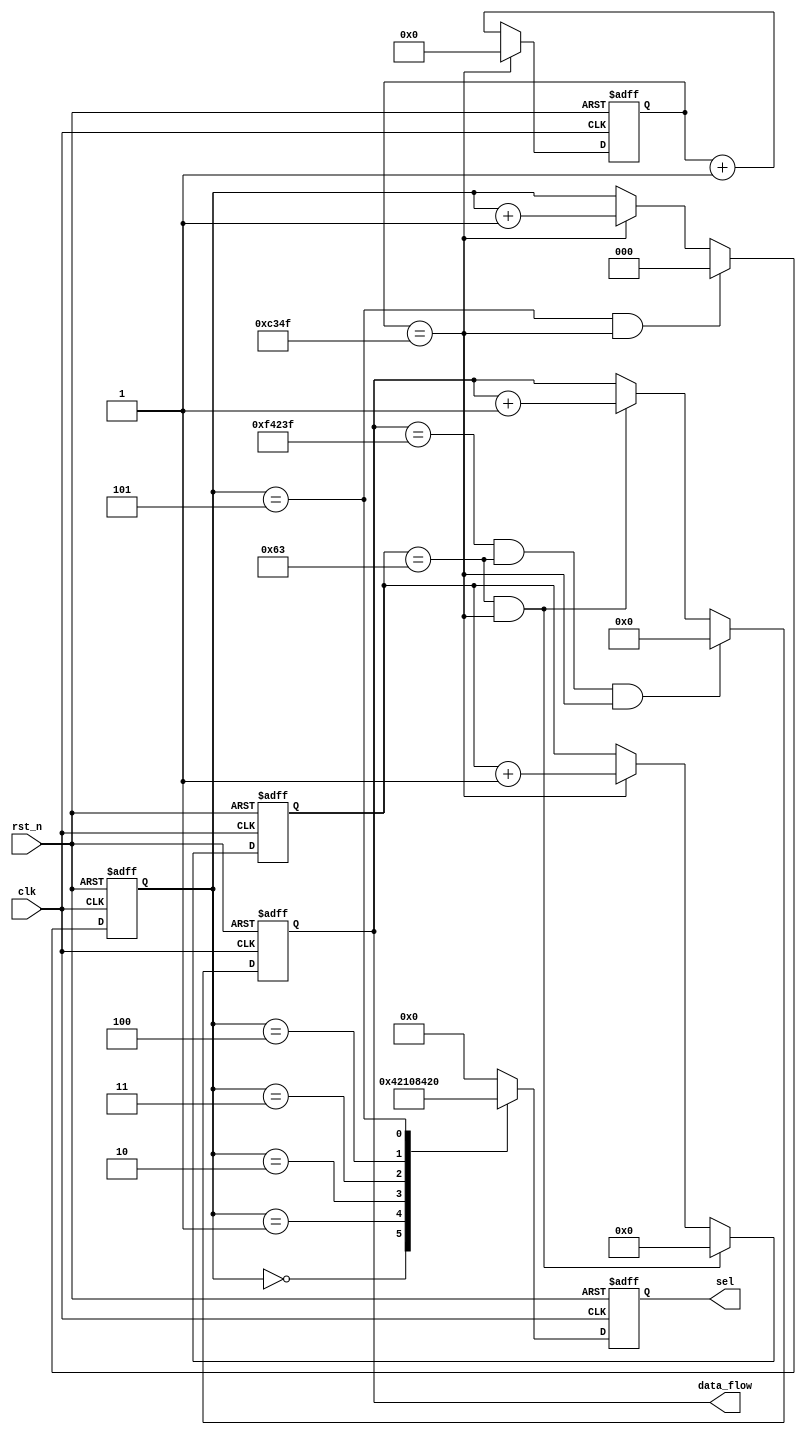
module Data_Flow_Pre
#(
	parameter cnt_1ms_max = 32'd49_999,
	parameter data_flow_max = 32'd999_999
)
(
	input clk,
	input rst_n,
	output reg [23:0] data_flow,
	output reg [5:0] sel
);

	reg [31:0] cnt_1ms;	//1ms
	reg [2:0] cnt_6;	//6ms
	reg [7:0] cnt_100;	//100mscnt_1ms


	/*1ms*/
	always @(posedge clk or negedge rst_n) begin
		if(~rst_n) begin
			cnt_1ms <= 32'd0;
		end else if(cnt_1ms == cnt_1ms_max) begin
			cnt_1ms <= 32'd0;
		end else begin
			cnt_1ms <= cnt_1ms + 32'd1;
		end
	end

	/*1ms6ms*/
	always @(posedge clk or negedge rst_n) begin
		if(~rst_n) begin
			cnt_6 <= 3'd0;
		end else if(cnt_6 == 3'd5 && cnt_1ms == cnt_1ms_max) begin
			cnt_6 <= 3'd0;
		end else if(cnt_1ms == cnt_1ms_max) begin
			cnt_6 <= cnt_6 + 3'd1;
		end else begin
			cnt_6 <= cnt_6;
		end
	end

	/*100ms0.1s1*/
	always @(posedge clk or negedge rst_n) begin
		if(~rst_n) begin
			cnt_100 <= 8'd0;
		end else if(cnt_100 == 8'd99 && cnt_1ms == cnt_1ms_max) begin
			cnt_100 <= 8'd0;
		end else if(cnt_1ms == cnt_1ms_max) begin
			cnt_100 <= cnt_100 + 8'd1;
		end else begin
			cnt_100 <= cnt_100;
		end
	end

	/*data_flow*/
	always @(posedge clk or negedge rst_n) begin
		if(~rst_n) begin
			data_flow <= 24'd0;
		end else if(data_flow == data_flow_max && cnt_100 == 8'd99 && cnt_1ms == cnt_1ms_max) begin
			data_flow <= 24'd0;
		end else if(cnt_100 == 8'd99 && cnt_1ms == cnt_1ms_max) begin
			data_flow <= data_flow + 24'd1;
		end else begin
			data_flow <= data_flow;
		end
	end

	/*sel
	cnt_6sel
	cnt_1mssel*/
	always @(posedge clk or negedge rst_n) begin
		if(~rst_n) begin
			sel <= 6'd0;
		end else begin 	//cnt_6cnt_1ms
			case(cnt_6)
				3'd0 : sel <= 6'b000_001;
				3'd1 : sel <= 6'b000_010;
				3'd2 : sel <= 6'b000_100;
				3'd3 : sel <= 6'b001_000;
				3'd4 : sel <= 6'b010_000;
				3'd5 : sel <= 6'b100_000;
				default : sel <= 6'b000_000;
			endcase
		end
	end

endmodule